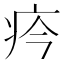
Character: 𤴽